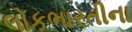
લોકભારતીના